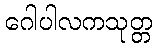
ဂေါပါလကသုတ္တ